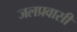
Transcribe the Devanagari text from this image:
जलप्रवासी